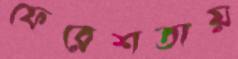
ফেরেশতায়